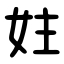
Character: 妵